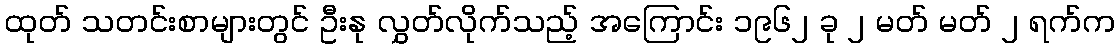
ထုတ် သတင်းစာများတွင် ဦးနု လွှတ်လိုက်သည့် အကြောင်း ၁၉၆၂ ခု ၂ မတ် မတ် ၂ ရက်က